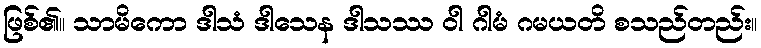
ဖြစ်၏။ သာမိကော ဒါသံ ဒါသေန ဒါသဿ ဝါ ဂါမံ ဂမယတိ စသည်တည်း။